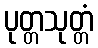
ပုတ္တသုတ္တံ